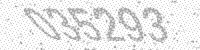
Solution: 035293